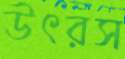
উৎরস